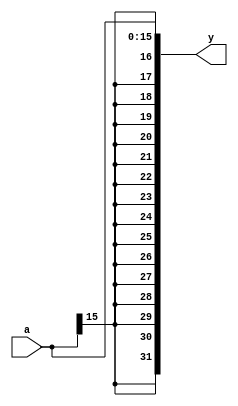
`timescale 1ns / 1ps
//////////////////////////////////////////////////////////////////////////////////
// Company: 
// Engineer: 
// 
// Design Name: 
// Module Name: signext
// Project Name: 
// Target Devices: 
// Tool Versions: 
// Description: 
// 
// Dependencies: 
// 
// Revision:
// Revision 0.01 - File Created
// Additional Comments:
// 
//////////////////////////////////////////////////////////////////////////////////
module signext (
input  [15:0] a,
output [31:0] y);
    assign y={{16{a[15]}}, a};
endmodule